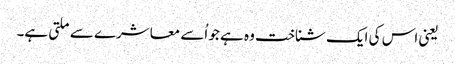
یعنی اس کی ایک شناخت وہ ہے جو اُسے معاشرے سے ملتی ہے۔